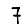
Digit: 7